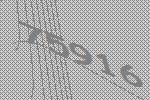
75916